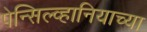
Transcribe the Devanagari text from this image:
पेन्सिल्व्हानियाच्या